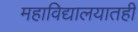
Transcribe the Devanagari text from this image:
महाविद्यालयातही